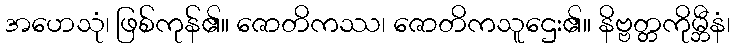
အဟေသုံ၊ ဖြစ်ကုန်၏။ ဇောတိကဿ၊ ဇောတိကသူဌေး၏။ နိဗ္ဗတ္တကိုမ္ဘီနံ၊